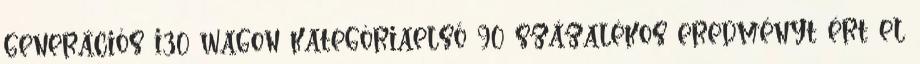
generációs i30 wagon kategóriaelső 90 százalékos eredményt ért el